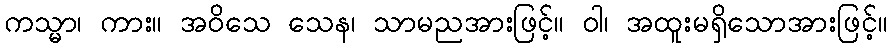
ကသ္မာ၊ ကား။ အဝိသေ သေန၊ သာမညအားဖြင့်။ ဝါ၊ အထူးမရှိသောအားဖြင့်။